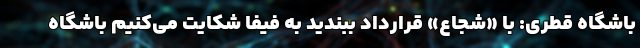
باشگاه قطری: با «شجاع» قرارداد ببندید به فیفا شکایت می‌کنیم باشگاه